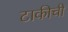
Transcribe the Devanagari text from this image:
टाकीची